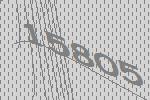
15805